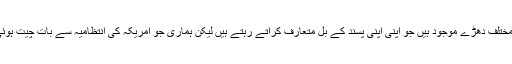
بی بی سی کو انٹرویو دیتے ہوئے وفاقی وزیر داخلہ احسن اقبال کا کہنا تھا کہ امریکی کانگریس میں مختلف دھڑے موجود ہیں جو اپنی اپنی پسند کے بل متعارف کراتے رہتے ہیں لیکن ہماری جو امریکہ کی انتظامیہ سے بات چیت ہوئی ہے اس سے یہی عندیہ ملتا ہے کہ امریکا پاکستان کو دی جانے والی اقتصادی امداد نہیں روکے گا۔